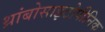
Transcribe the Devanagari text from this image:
थ्रांबोसाइटोपीनिक